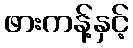
ဖားကန့်နှင့်